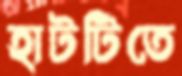
হাটটিতে